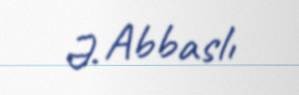
Ə. Abbaslı